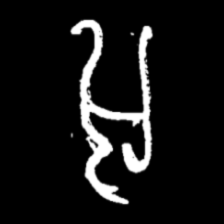
Pyu character \u2014 Myanmar letter: အ (romanized: a)